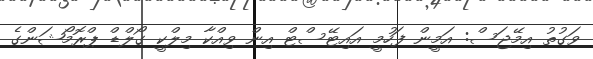
ވަގުތު އިމޭޖަސް: އަމީން ފަހުމީ އައިޓޭސްޓް އިން ވިއްކާ މިލްކީ ގޯލްޑް ޕްރޮމޯޝަންގެ